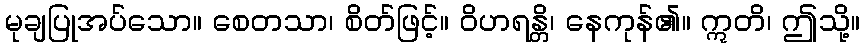
မုချပြုအပ်သော။ စေတသာ၊ စိတ်ဖြင့်။ ဝိဟရန္တိ၊ နေကုန်၏။ ဣတိ၊ ဤသို့။